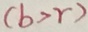
( b > r )